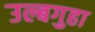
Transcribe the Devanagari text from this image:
उल्बगुहा